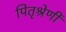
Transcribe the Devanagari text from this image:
पितृश्रेणी